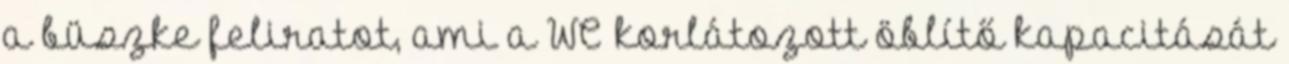
a büszke feliratot, ami a WC korlátozott öblítő kapacitását